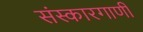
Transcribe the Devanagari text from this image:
संस्कारगाणी